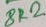
Text: 8K2